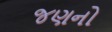
જણનો